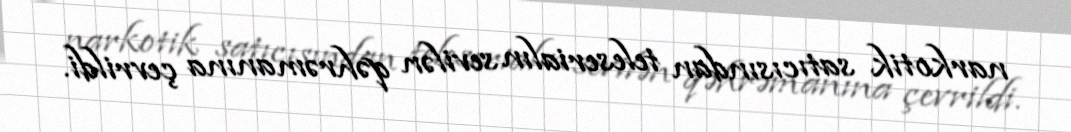
narkotik satıcısından teleserialın sevilən qəhrəmanına çevrildi.